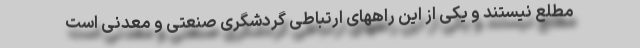
مطلع نیستند و یکی از این راههای ارتباطی گردشگری صنعتی و معدنی است